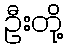
ဦးတို့